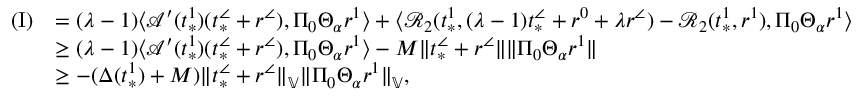
\begin{array} { r l } { \mathrm { ( I ) } } & { = ( \lambda - 1 ) \langle \mathcal { A } ^ { \prime } ( t _ { * } ^ { 1 } ) ( t _ { * } ^ { \angle } + r ^ { \angle } ) , \Pi _ { 0 } \Theta _ { \alpha } r ^ { 1 } \rangle + \langle \mathcal { R } _ { 2 } ( t _ { * } ^ { 1 } , ( \lambda - 1 ) t _ { * } ^ { \angle } + r ^ { 0 } + \lambda r ^ { \angle } ) - \mathcal { R } _ { 2 } ( t _ { * } ^ { 1 } , r ^ { 1 } ) , \Pi _ { 0 } \Theta _ { \alpha } r ^ { 1 } \rangle } \\ & { \ge ( \lambda - 1 ) \langle \mathcal { A } ^ { \prime } ( t _ { * } ^ { 1 } ) ( t _ { * } ^ { \angle } + r ^ { \angle } ) , \Pi _ { 0 } \Theta _ { \alpha } r ^ { 1 } \rangle - M \| t _ { * } ^ { \angle } + r ^ { \angle } \| \| \Pi _ { 0 } \Theta _ { \alpha } r ^ { 1 } \| } \\ & { \ge - ( \Delta ( t _ { * } ^ { 1 } ) + M ) \| t _ { * } ^ { \angle } + r ^ { \angle } \| _ { \mathbb { V } } \| \Pi _ { 0 } \Theta _ { \alpha } r ^ { 1 } \| _ { \mathbb { V } } , } \end{array}